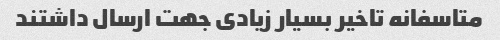
متاسفانه تاخیر بسیار زیادى جهت ارسال داشتند